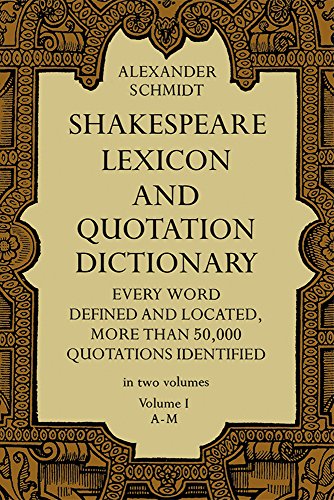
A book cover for Shakespeare Lexicon and Quotation Dictionary: A Complete Dictionary of All the English Words, Phrases, and Constructions in the Works of the Poet (Volume 1 A-M; Alexander Schmidt; Literature & Fiction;